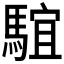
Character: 𩤒